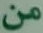
من